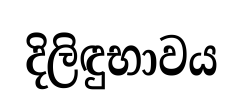
දිලිඳුභාවය